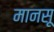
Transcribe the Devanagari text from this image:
मानसू